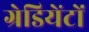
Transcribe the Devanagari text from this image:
ग्रेडियेंटों